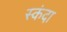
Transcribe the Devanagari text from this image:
स्कंदा